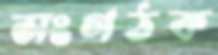
সংগঠক